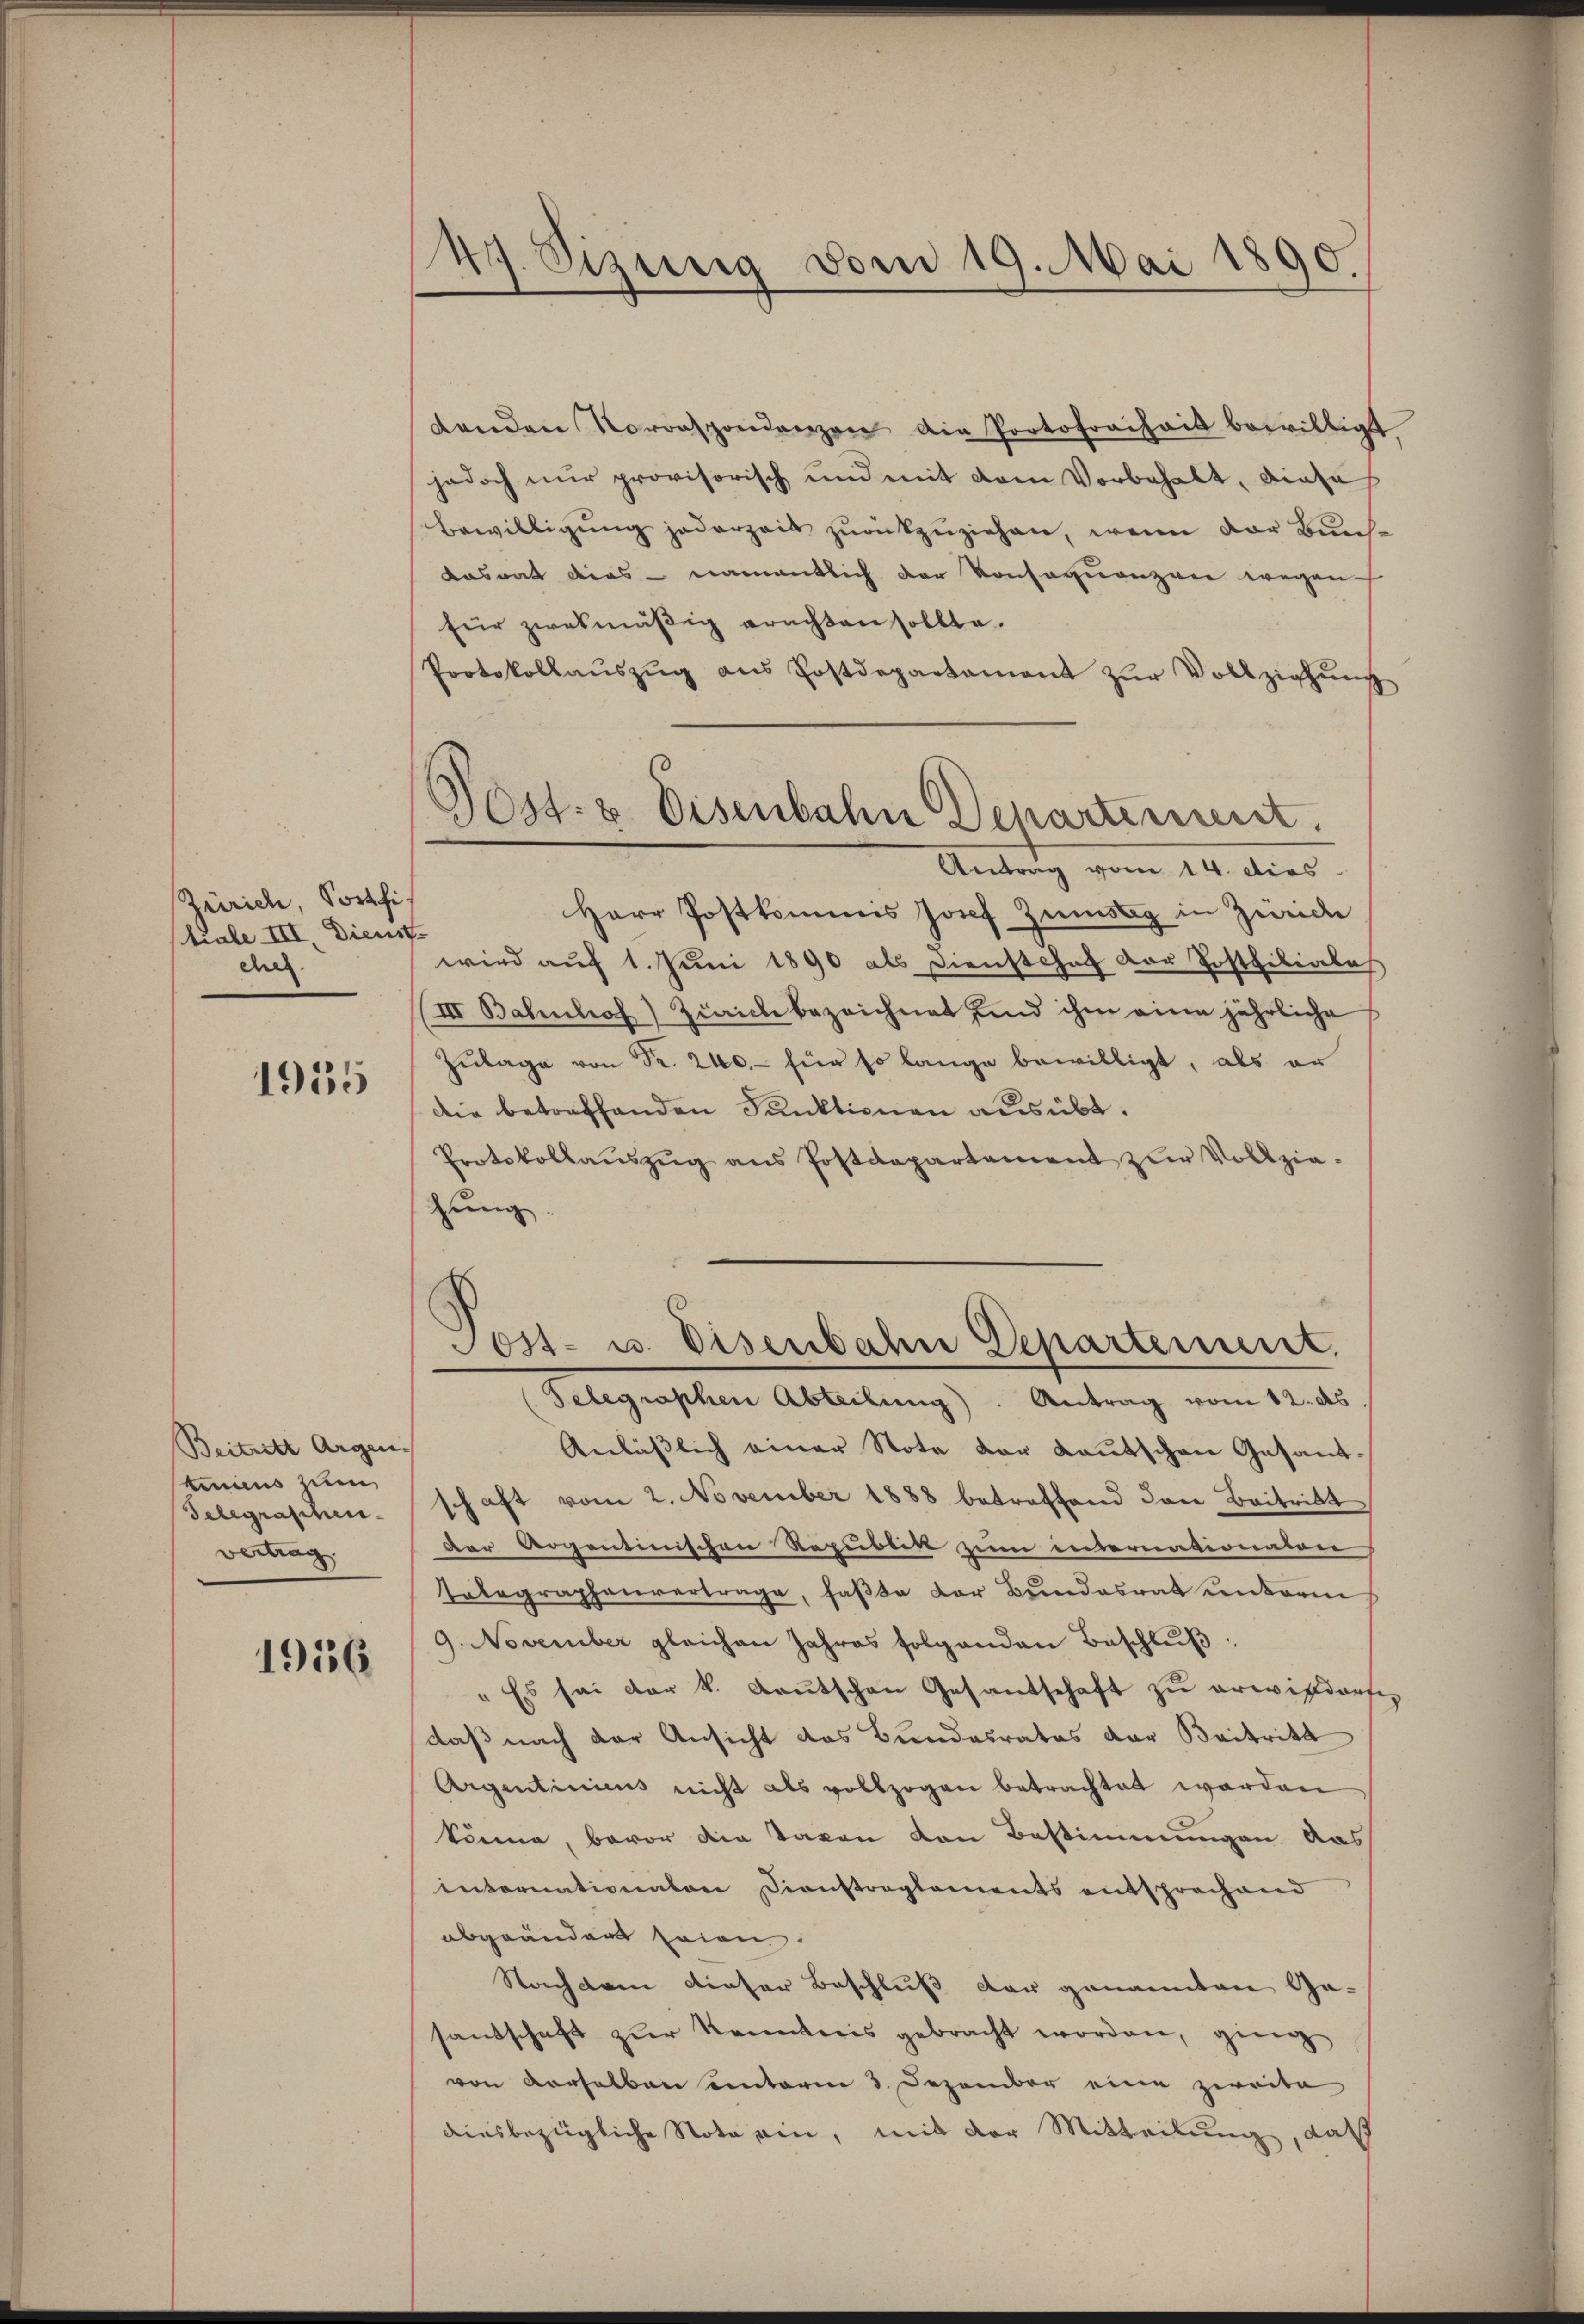
Zürich, Sortfi.
tiale III. Dienst
chef.

1955

Beitritt Argen- |
tenius zum
Telegraschen
vertrag

1956

49. Sizung vom 19. Mai 1890.

denden Vorrespondenzen die Portofreiheit bewilligt
jedoch nur provisorisch und mit dem Vorbehalt, diese
Bewilligung jederzeit zurückzuziehen, wenn der Bundasrat dies - namentlich der Konsequenzen wegen
für zwekmäßig erachten sollte.
Protokollauszug aus Postdepartament zur Vollziehung
Herr Postkommis Josef Zinstig in Zürich
wird auf 1. Juni 1890 als Dienstshof der Postfiliales
III Bahnhof) Ziaich bezeichnet sind ihm eine jährliche
Zŭlage von Fr. 240.- für so lange bewilligt, als er
die betreffenden Funktionen ausübt.
Protokollaŭszŭg ans Postdepartament zŭr Vollzie-
hung.

Post- u. Eisenbahn denartiment.
Antrag vom 14. dies

d
Sost- u. Eisenbahne Departement.

Telegraphen Abteilung). Antrag vom 12. ds.
Anläβlich einer Note der Kautschen Gesandschaft vom 2. November 1888 betreffend den Beitritt
der Argentinischen Republik zum internationaten
Telegraphenvertrage, faßte der Bŭndesrat unterm
9. November gleichen Jahres folgenden Beschluß:
"Es sei der k. Kautschen Gesandschaft zu erwittdorfen
daß nach der Ansicht das Bundesrates der Beitritt
Argentinicus nicht als vollzogen betrachtet worden
könne, bevor die Taxen den Bestimmungen das
Internationaten Dionstreglements entsprechend
abgeändert seien.
Nachdem dieser Beschluß der genannten Ge-
sandtschaft zur Kenntnis gebracht worden, ging
von derselben unterm 3. Dezember eine zweite
aiesbezügliche Nota ein, mit der Mitteilung, daß